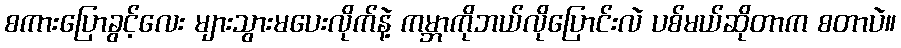
စကားပြောခွင့်လေး များသွားမပေးလိုက်နဲ့ ကမ္ဘာကိုဘယ်လိုပြောင်းလဲ ပစ်မယ်ဆိုတာက စတာပဲ။